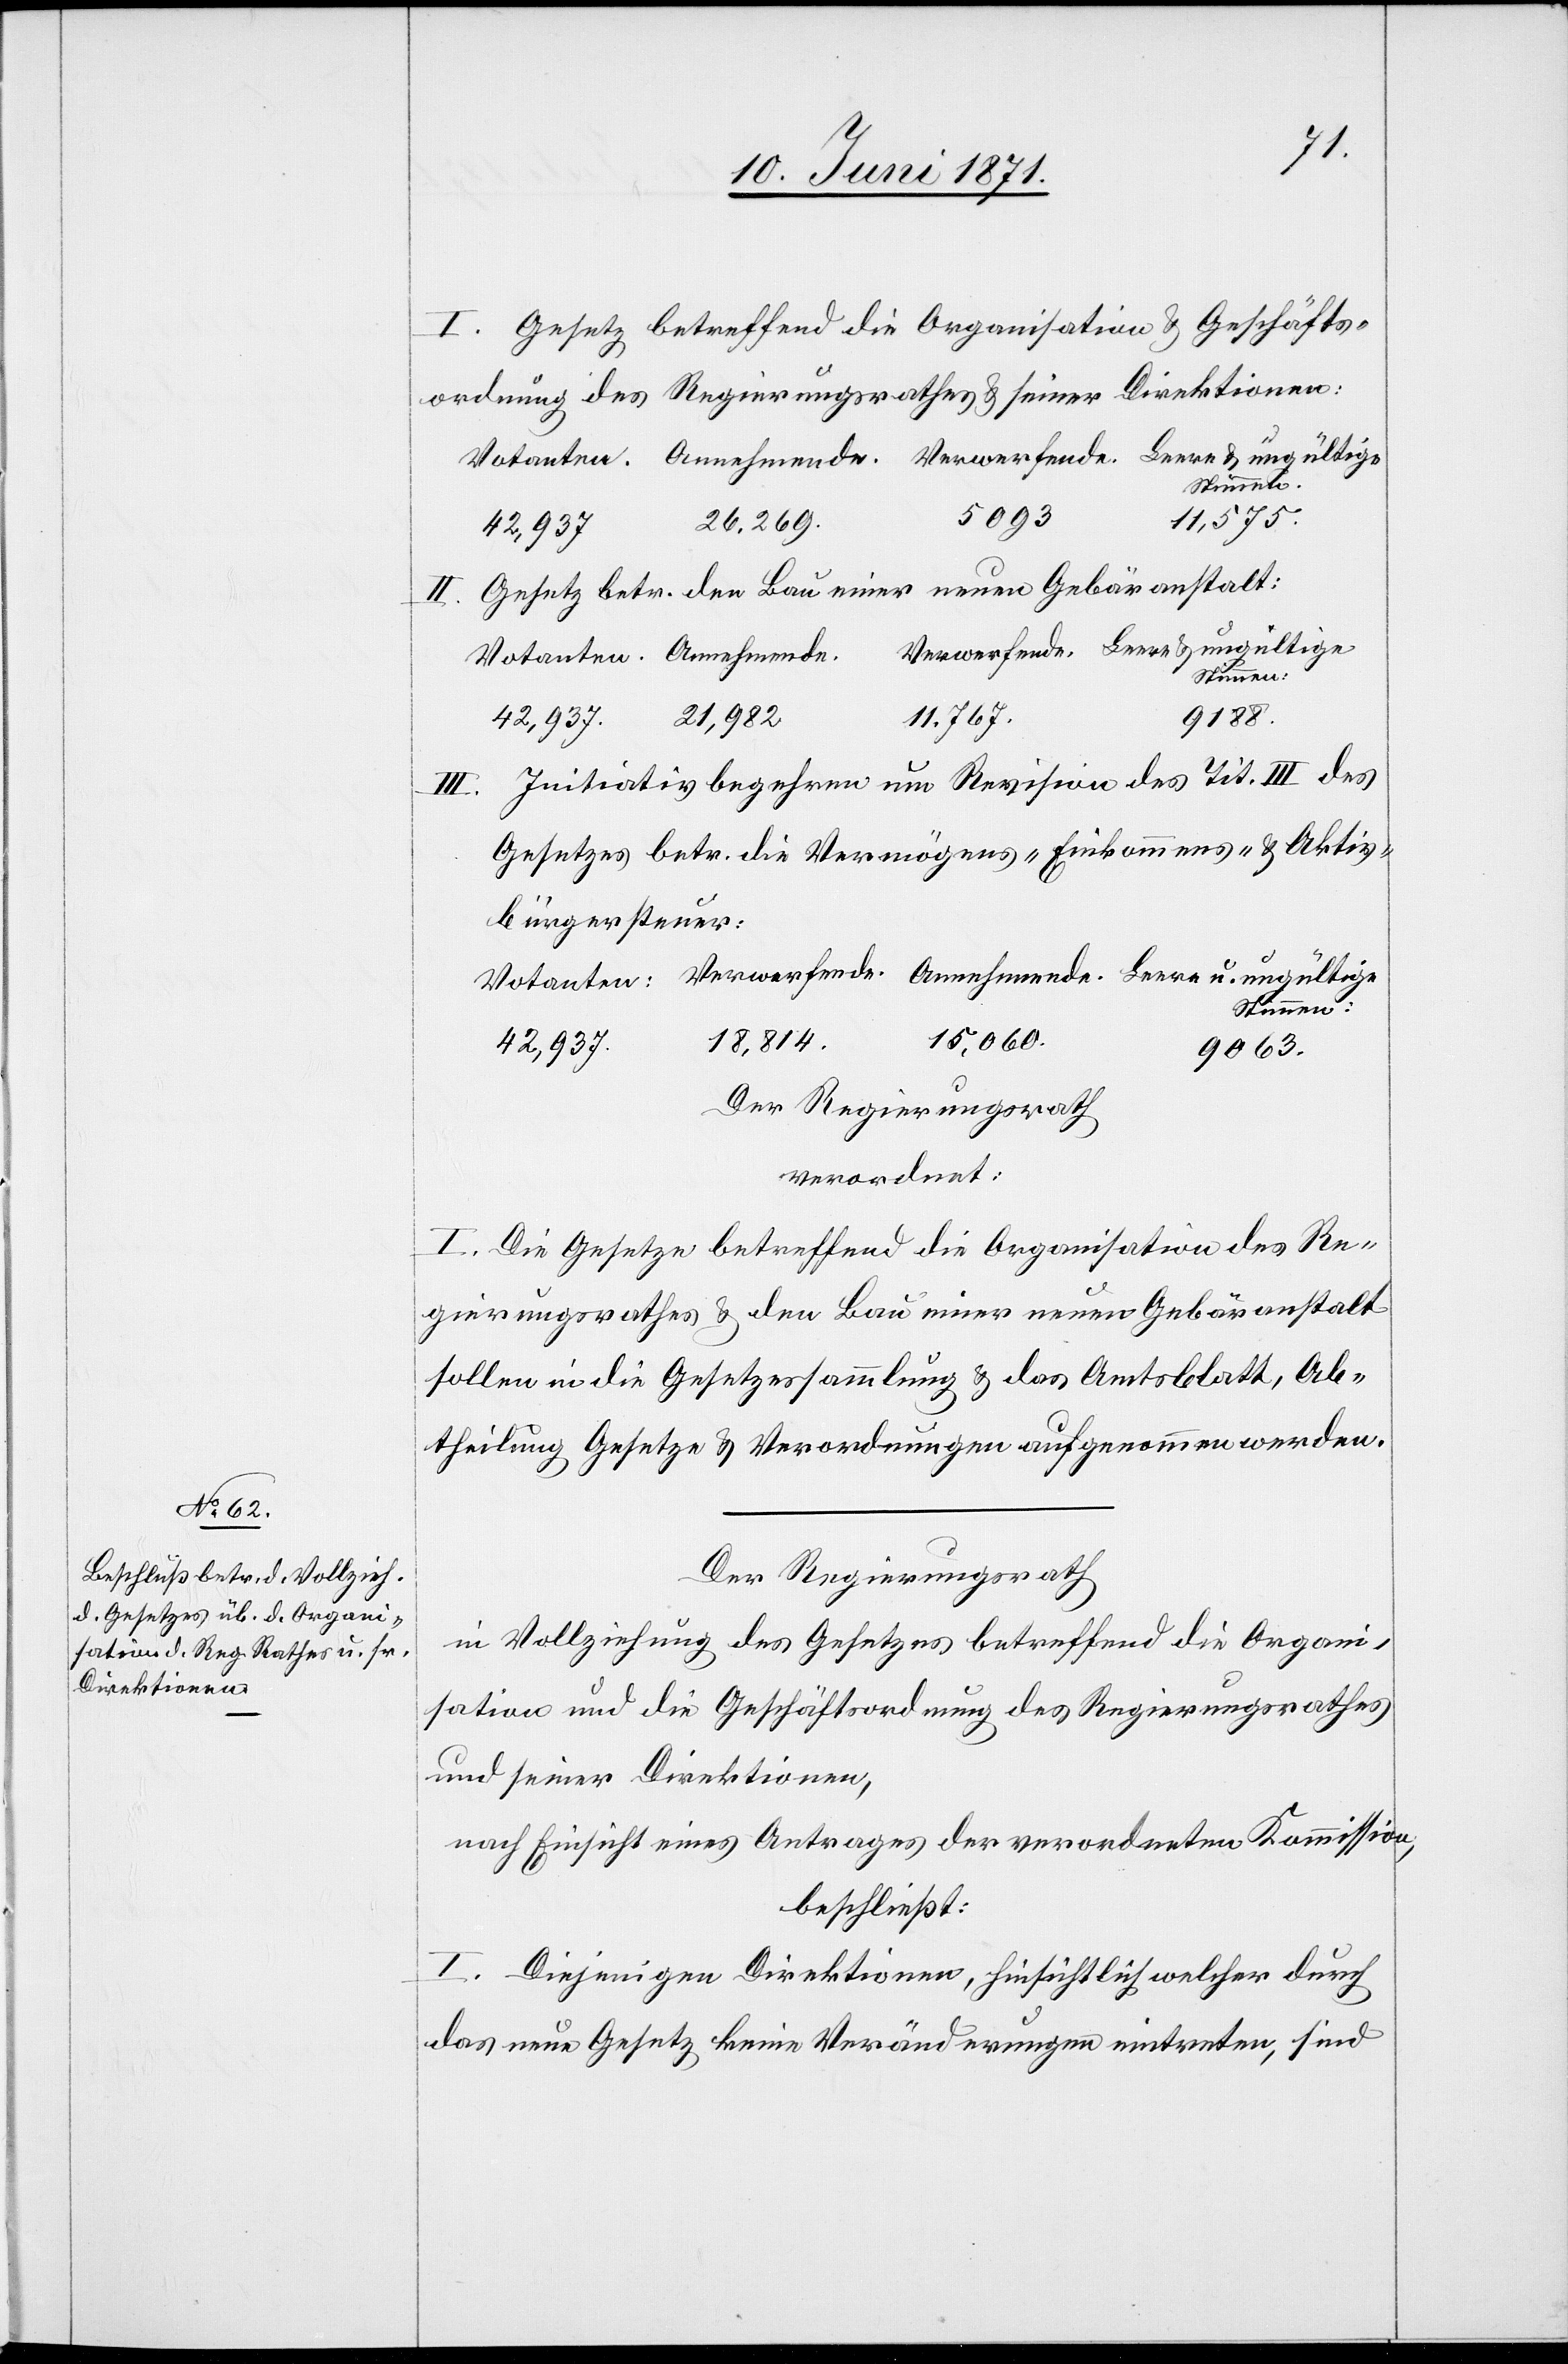
I. Gesetz betreffend die Organisation u. Geschäfts¬
ordnung des Regierungsrathes u. seiner Direktion:
5093
11,575.
26,269.
u.
Gesetz betr. den Bau einer neuen Gebäranstalt:
11,767.
9188.
21,982
Initiativbegehren um Revision des Tit. III des
Gesetzes betr. die Vermögens- Einkommens- u. Aktiv¬
bürgersteuer:
Stimmen.
15,060.
18,814.
42,937.
9063.
Der Regierungsrath
verordnet:
I. Die Gesetze betreffend die Organisation des Re¬
gierungsrathes u. den Bau einer neuen Gebäranstalt
sollen in die Gesetzessammlung u. das Amtsblatt, Ab¬
theilung Gesetze u. Verordnungen aufgenommen werden.
Der Regierungsrath
in Vollziehung des Gesetzes betreffend die Organi¬
sation und die Geschäftsordnung des Regierungsrathes
und seiner Direktionen,
nach Einsicht eines Antrages der verordneten Kommission,
beschließt:
I. Diejenigen Direktionen, hinsichtlich welcher durch
das neue Gesetz keine Veränderungen eintreten, sind